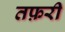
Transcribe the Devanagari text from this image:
तफ़री